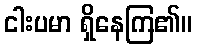
ငါးပမာ ရှိနေကြ၏။